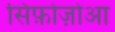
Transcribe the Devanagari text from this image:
सिफ़ोज़ोआ